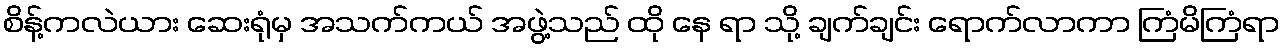
စိန့်ကလဲယား ဆေးရုံမှ အသက်ကယ် အဖွဲ့သည် ထို နေ ရာ သို့ ချက်ချင်း ရောက်လာကာ ကြံမိကြံရာ